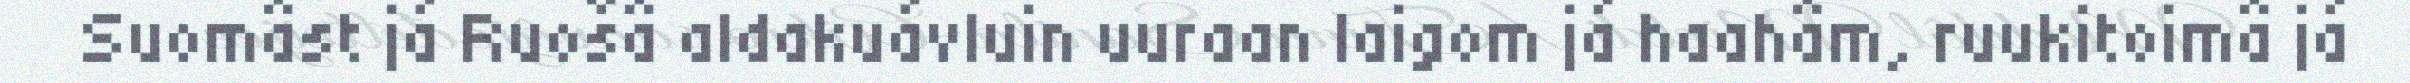
Suomâst já Ruošâ aldakuávluin uuraan laigom já haahâm, ruukitoimâ já